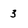
Character: 3